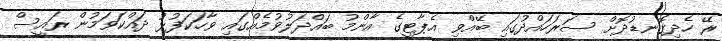
ރޭ ހެދިގޮނޑުދޮށް ސަރަހައްދުގައި ބޭއްވި އެޕާޓީގެ އާންމު ބައްދަލުވުމެއްގައި ވާހަކަފުޅު ދައްކަވަމުން ރައީސް